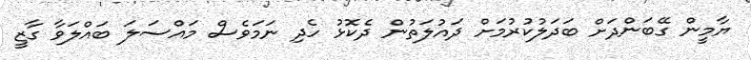
ޔާމީން ގޭބަންދަށް ބަދަލުކުރުމަށް ދައުލަތުން ދެކޮޅު ހެދި ނަމަވެސް މައްސަލަ ބައްލަވާ ގާޒީ